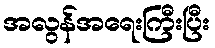
အလွန်အရေးကြီးပြီး